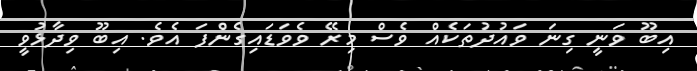
އިބޫ ވަނީ ގިނަ ވައުދުތަކެއް ވެސް މިރޭ ވެވަޑައިގެންފަ އެވެ. އިބޫ ވިދާޅުވީ